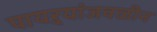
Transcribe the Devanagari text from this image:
पायऱ्यांजवळीन